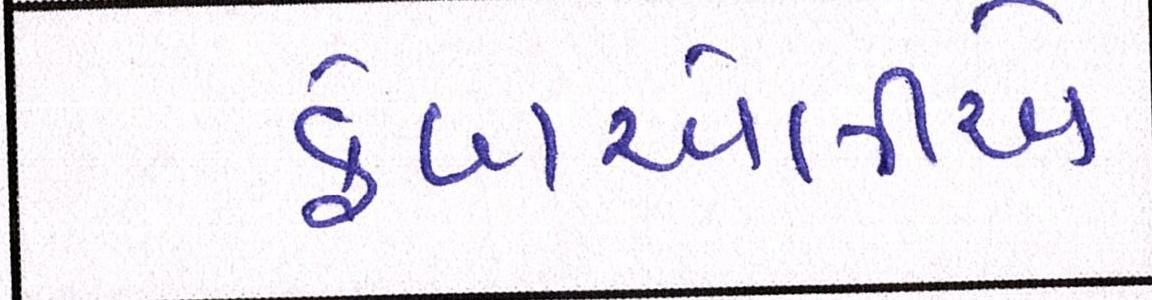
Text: ફેબએલીએ